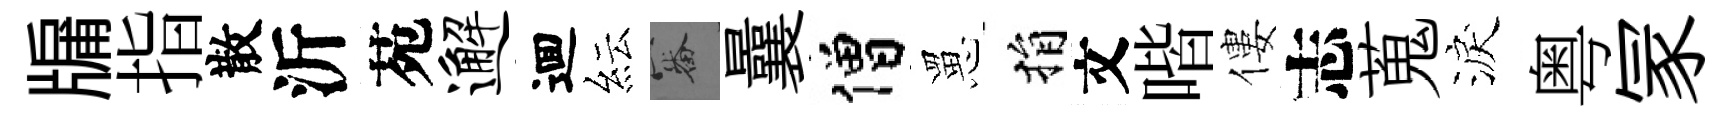
牖指散沂苑邂逥紜審曩僧罳捐文喈僂志蒐淚粤冡